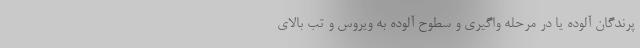
پرندگان آلوده یا در مرحله واگیری و سطوح آلوده به ویروس و تب بالای